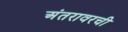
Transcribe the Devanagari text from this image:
अंतरावरची